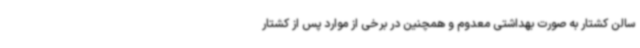
سالن کشتار به صورت بهداشتی معدوم و همچنین در برخی از موارد پس از کشتار